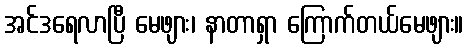
အင်ဒရေလာပြီ မေဖျား၊ နာတာရှာ ကြောက်တယ်မေဖျား။